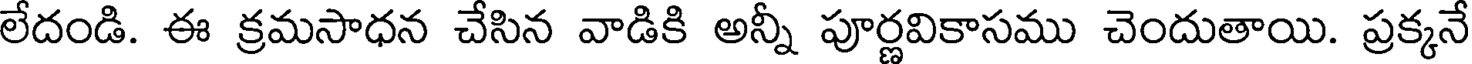
లేదండి. ఈ క్రమసాధన చేసిన వాడికి అన్నీ పూర్ణవికాసము చెందుతాయి. ప్రక్కనే